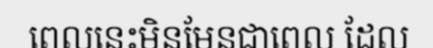
ពេលនេះមិនមែនជាពេល ដែល